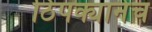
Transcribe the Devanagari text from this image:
ठिपक्यानेच